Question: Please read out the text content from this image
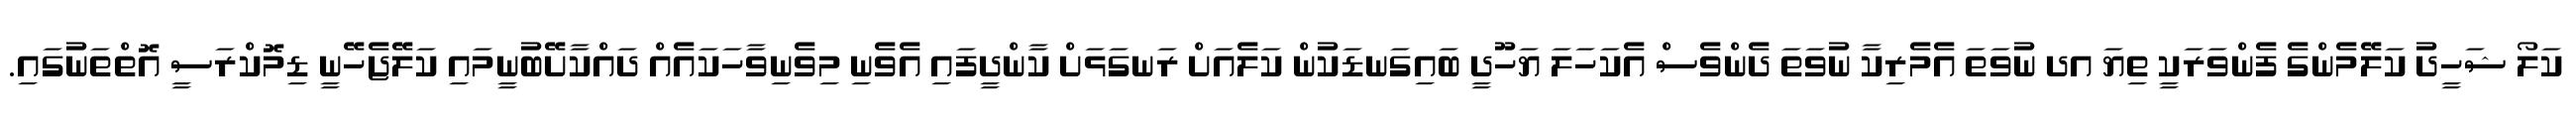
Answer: ކަލޯ ޝަހީދު ކަލޭމެންގެ ފެންވަރަކީ ތިޔަ އދ ނުވަތަ އެމެރިކާ ނުވަތަ ދެންވެސް އެކަހަލަ ޔަހޫދީ ބައިގަނޑަކުން ކަލެއަށް ރަނގަޅަށް ކާންދީފައި އެވެނި މިވެނިވާހަކައެއް ދައްކާށޭބުނީމައި ކަލޭޖެހޭނީ ޑިމޮކްރަސީ އޮތްތަނުގައި.